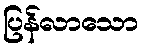
ပြန်လာသော